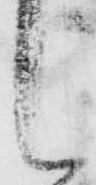
し